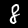
Label: 8